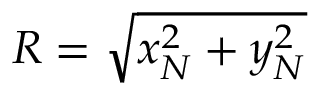
R = \sqrt { x _ { N } ^ { 2 } + y _ { N } ^ { 2 } }